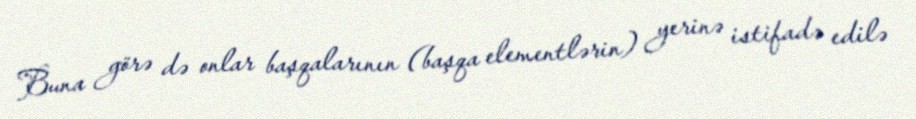
Buna görə də onlar başqalarının (başqa elementlərin) yerinə istifadə edilə